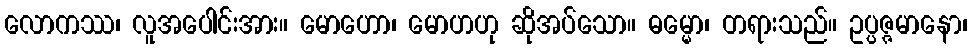
လောကဿ၊ လူအပေါင်းအား။ မောဟော၊ မောဟဟု ဆိုအပ်သော။ ဓမ္မော၊ တရားသည်။ ဥပ္ပဇ္ဇမာနော၊